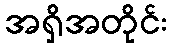
အရှိအတိုင်း